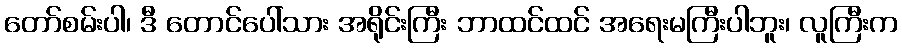
တော်စမ်းပါ၊ ဒီ တောင်ပေါ်သား အရိုင်းကြီး ဘာထင်ထင် အရေးမကြီးပါဘူး၊ လူကြီးက